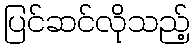
ပြင်ဆင်လိုသည့်